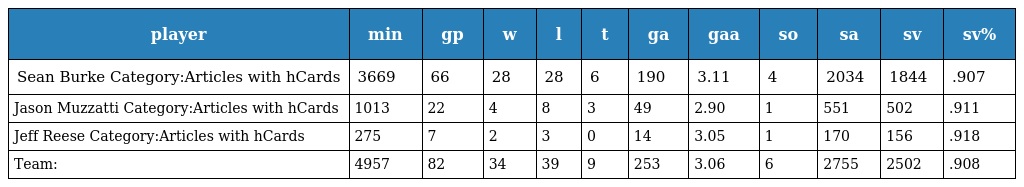
| player | min | gp | w | l | t | ga | gaa | so | sa | sv | sv% |
 | --- | --- | --- | --- | --- | --- | --- | --- | --- | --- | --- | --- |
 | Sean Burke Category:Articles with hCards | 3669 | 66 | 28 | 28 | 6 | 190 | 3.11 | 4 | 2034 | 1844 | .907 |
 | Jason Muzzatti Category:Articles with hCards | 1013 | 22 | 4 | 8 | 3 | 49 | 2.90 | 1 | 551 | 502 | .911 |
 | Jeff Reese Category:Articles with hCards | 275 | 7 | 2 | 3 | 0 | 14 | 3.05 | 1 | 170 | 156 | .918 |
 | Team: | 4957 | 82 | 34 | 39 | 9 | 253 | 3.06 | 6 | 2755 | 2502 | .908 |